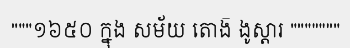
"""១៦៥០ ក្នុង សម័យ តោង៑ ងូស្តារ """""""